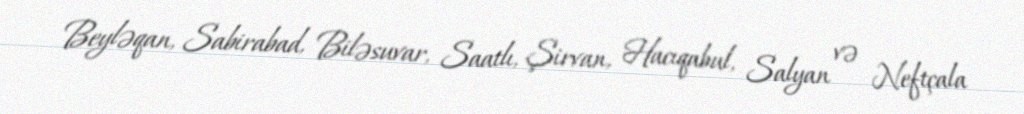
Beyləqan, Sabirabad, Biləsuvar, Saatlı, Şirvan, Hacıqabul, Salyan və Neftçala